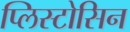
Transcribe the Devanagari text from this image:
प्लिस्टोसिन